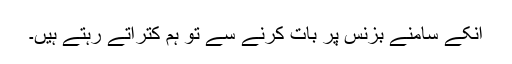
انکے سامنے بزنس پر بات کرنے سے تو ہم کتراتے رہتے ہیں۔